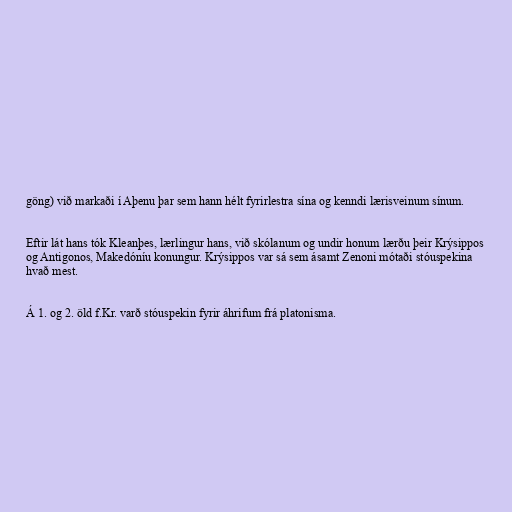
göng) við markaði í Aþenu þar sem hann hélt fyrirlestra sína og kenndi lærisveinum sínum.

Eftir lát hans tók Kleanþes, lærlingur hans, við skólanum og undir honum lærðu þeir Krýsippos
og Antigonos, Makedóníu konungur. Krýsippos var sá sem ásamt Zenoni mótaði stóuspekina
hvað mest.

Á 1. og 2. öld f.Kr. varð stóuspekin fyrir áhrifum frá platonisma.